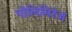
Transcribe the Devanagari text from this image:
पोलिमिरेज